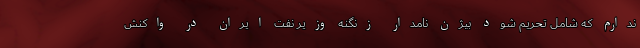
ندارم که شامل تحریم شود بیژن نامدار زنگنه وزیر نفت ایران در واکنش